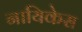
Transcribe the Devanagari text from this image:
नायिकेस